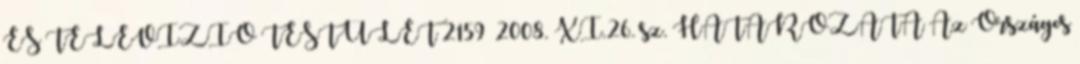
ÉS TELEVÍZIÓ TESTÜLET 2159 2008. XI.26. sz. HATÁROZATA Az Országos